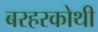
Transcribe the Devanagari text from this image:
बरहरकोथी